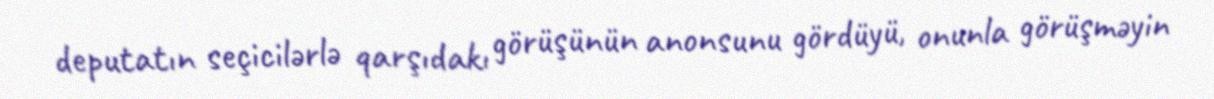
deputatın seçicilərlə qarşıdakı görüşünün anonsunu gördüyü, onunla görüşməyin